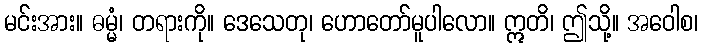
မင်းအား။ ဓမ္မံ၊ တရားကို။ ဒေသေတု၊ ဟောတော်မူပါလော။ ဣတိ၊ ဤသို့။ အဝေါစ၊